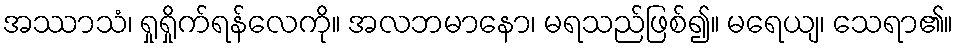
အဿာသံ၊ ရှုရှိုက်ရန်လေကို။ အလဘမာနော၊ မရသည်ဖြစ်၍။ မရေယျ၊ သေရာ၏။